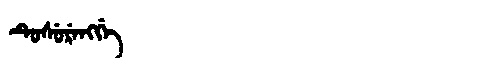
Manchu: ᡨᡠᠰᡠᡵᡝᠩᡤᡝ
Romanization: TUSURENGGE